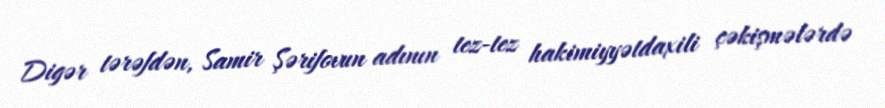
Digər tərəfdən, Samir Şərifovun adının tez-tez hakimiyyətdaxili çəkişmələrdə